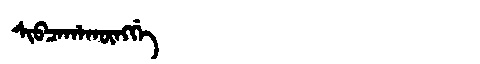
Manchu: ᠰᡳᠪᠴᠠᡥᠠᡴᡡᠩᡤᡝ
Romanization: SIBCAHAKŪNGGE